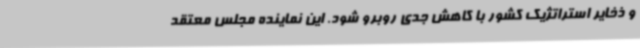
و ذخایر استراتژیک کشور با کاهش جدی روبرو شود. این نماینده مجلس معتقد